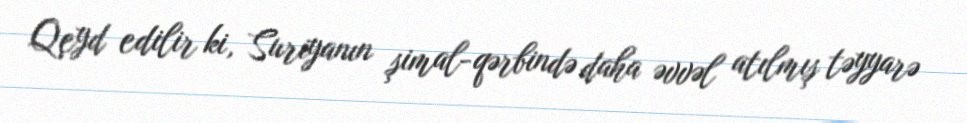
Qeyd edilir ki, Suriyanın şimal-qərbində daha əvvəl atılmış təyyarə